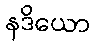
နဒိယော